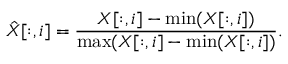
\hat { X } [ : , i ] = \frac { X [ : , i ] - \operatorname* { m i n } ( X [ : , i ] ) } { \operatorname* { m a x } ( X [ : , i ] - \operatorname* { m i n } ( X [ : , i ] ) } .